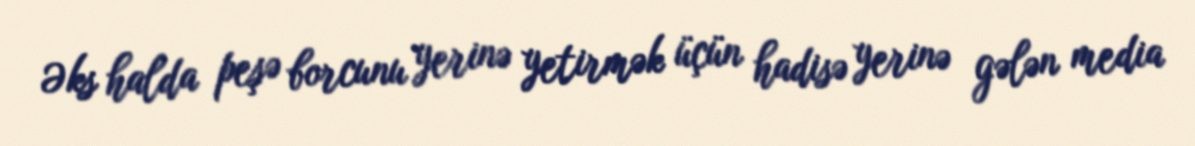
Əks halda peşə borcunu yerinə yetirmək üçün hadisə yerinə gələn media